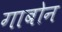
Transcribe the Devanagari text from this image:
गाबोन